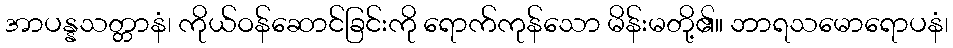
အာပန္နသတ္တာနံ၊ ကိုယ်ဝန်ဆောင်ခြင်းကို ရောက်ကုန်သော မိန်းမတို့၏။ ဘာရသမောရောပနံ၊